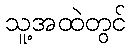
သူ့အထဲတွင်